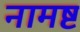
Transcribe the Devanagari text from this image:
नामष्ट